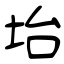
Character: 坮